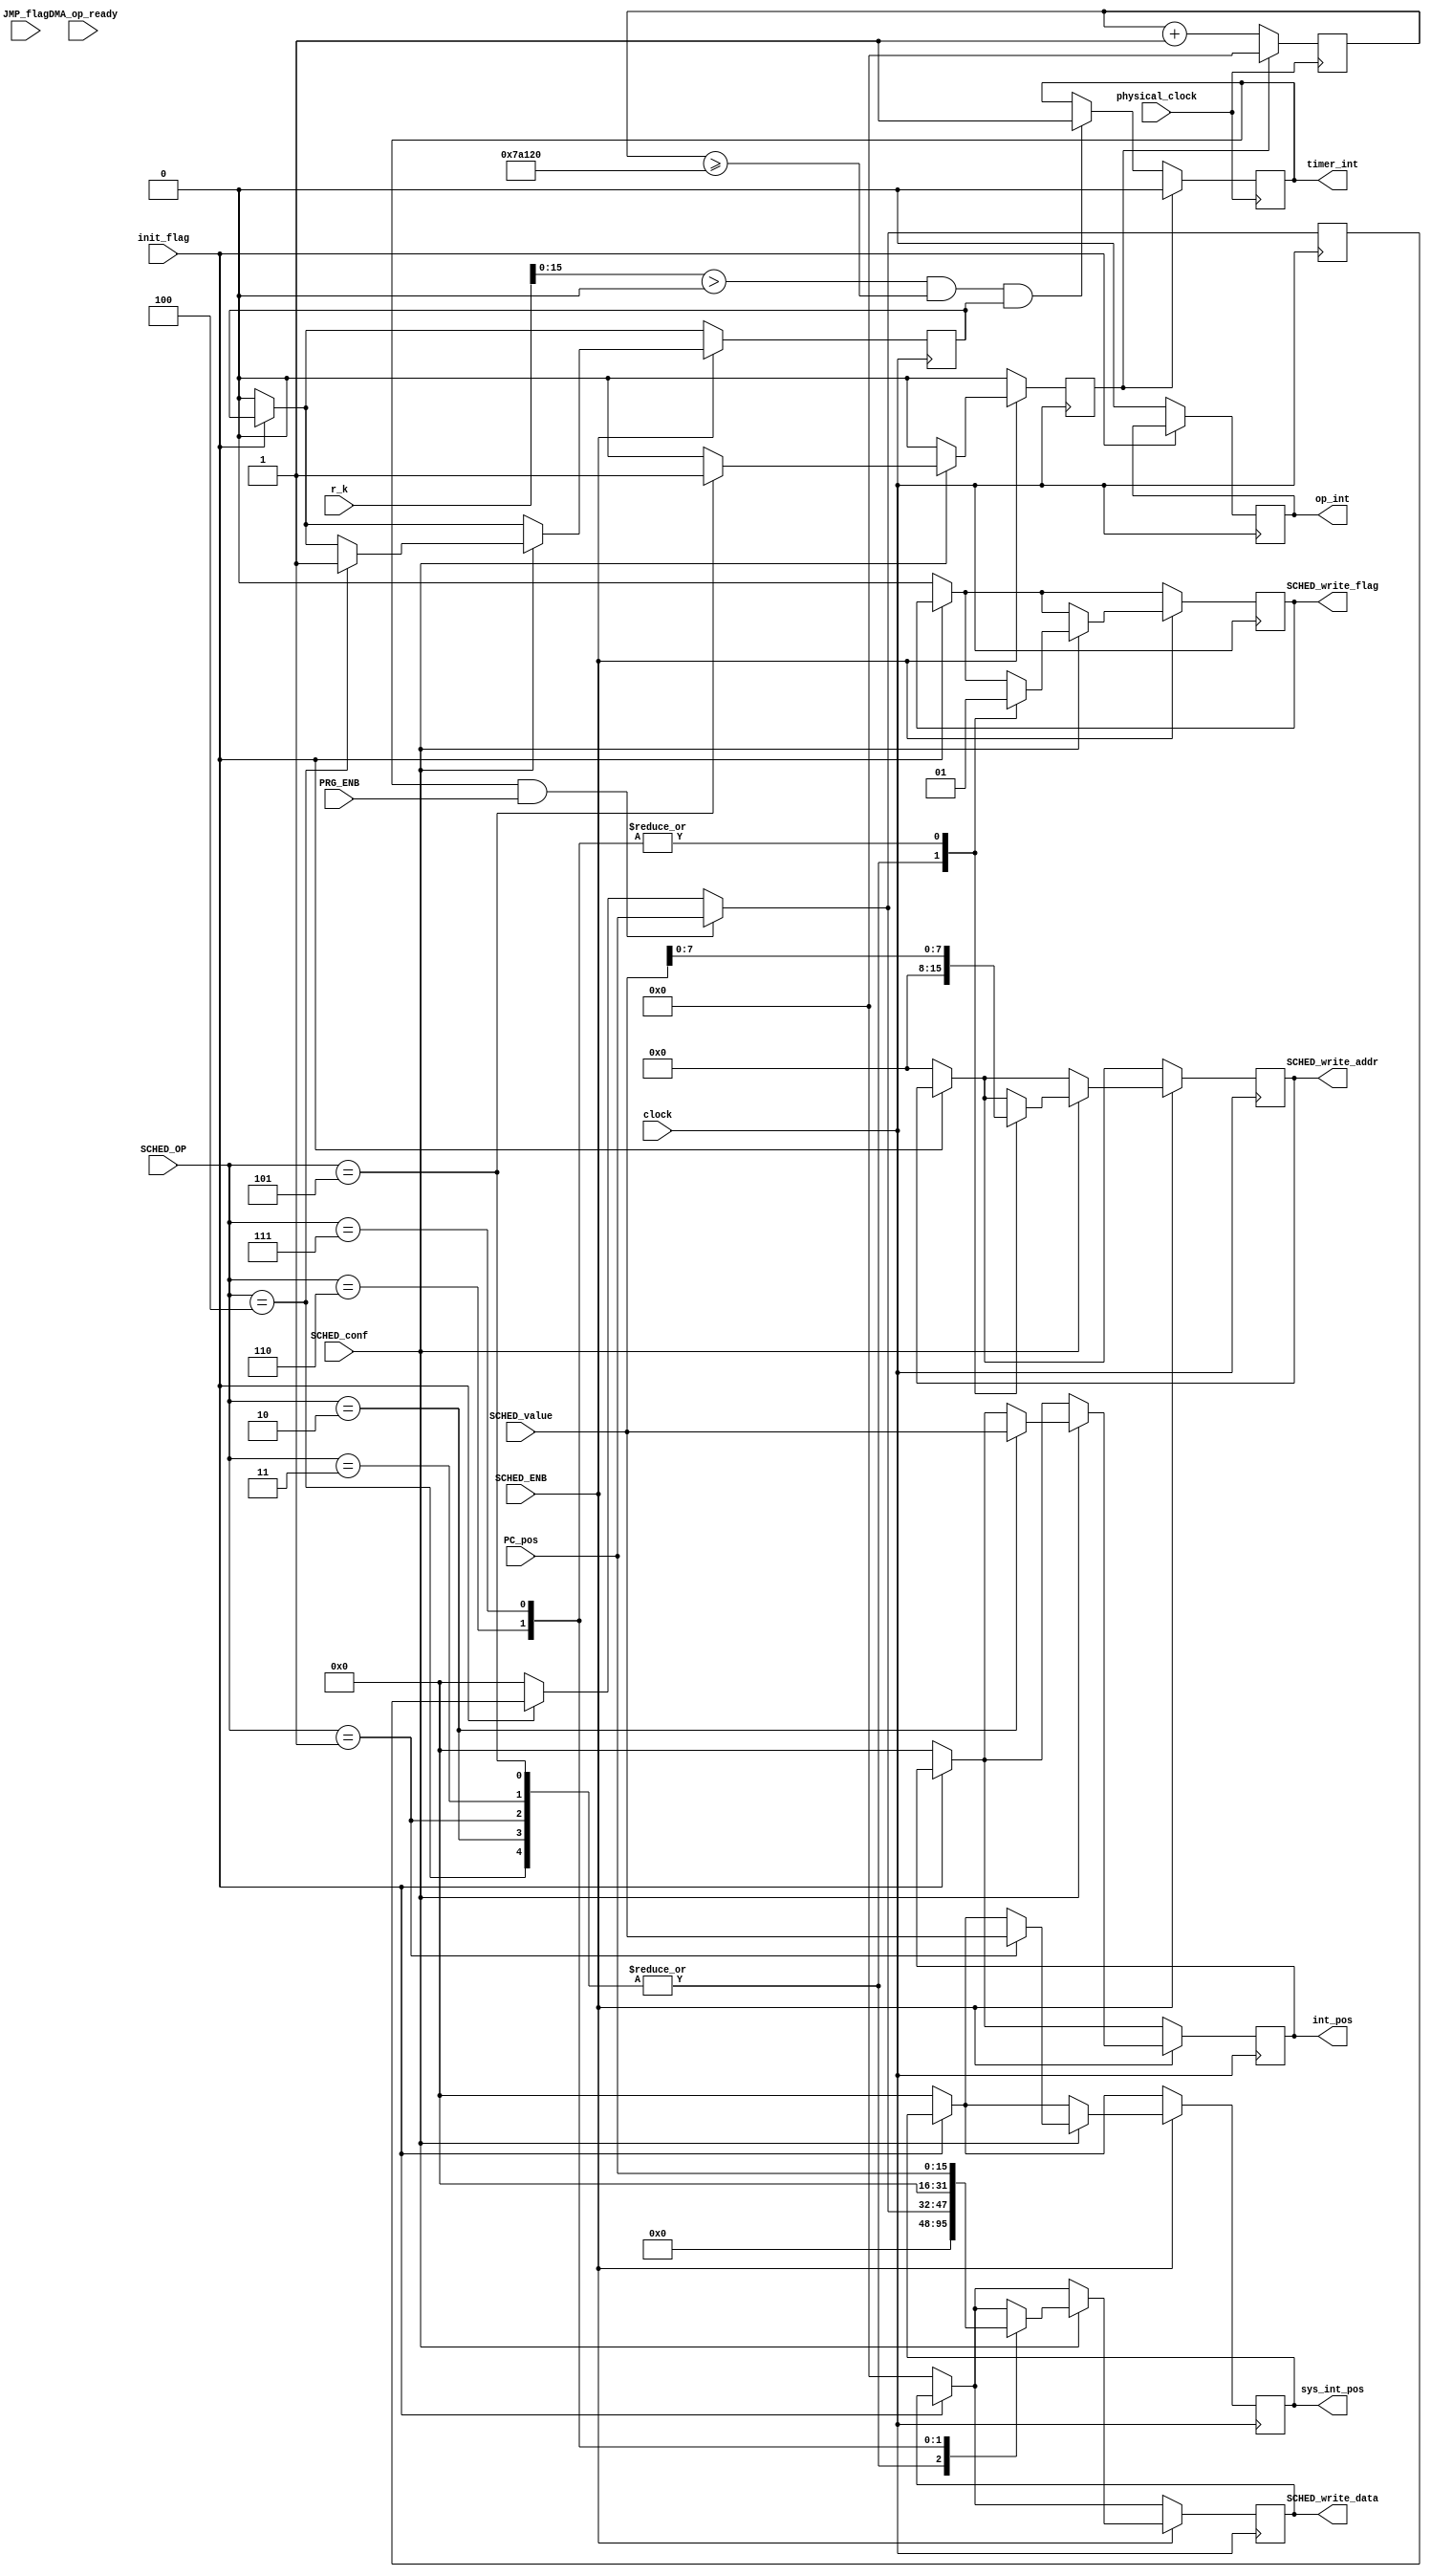
module Scheduler #(parameter CLOCK_COUNT_TO_INTERRUPT=500000)
(
// 10ms

	input init_flag,
	input clock,
	input physical_clock,
	
	// From DMA parallel component
	input DMA_op_ready,
	input [31:0] r_k,
	input [15:0] PC_pos,
	
	// From scheduler inst decoder
	input PRG_ENB,
	input JMP_flag,
	input SCHED_ENB,
	input SCHED_conf,
	input [3:0] SCHED_OP,
	input [15:0] SCHED_value,

	output reg timer_int, // Timer interruption flag
	output reg op_int, // DMA operation interruption flag
	output [15:0] int_pos, // Points 
	output reg [15:0] sys_int_pos, // SYSCall interruption jump position 
	
	output reg SCHED_write_flag,
	output reg [7:0] SCHED_write_addr,
	output reg [31:0] SCHED_write_data
	
);

reg initialized;
reg [15:0] timer_int_pos;
reg [15:0] op_int_pos;
reg [31:0] timer;
reg reset_timer;

reg [15:0] last_PC_pos;


initial begin
	timer = 0;
	timer_int = 0;
	
	initialized = 1'b0;
	last_PC_pos = 16'b0;
	timer_int_pos = 16'b0;
	op_int_pos = 16'b0;
	sys_int_pos = 16'b0;
	reset_timer = 1'b0;
	op_int = 1'b0;
		
	SCHED_write_flag = 1'b0;
	SCHED_write_addr = 8'b0;
	SCHED_write_data = 32'b0;
end

assign int_pos[15:0] = timer_int_pos[15:0];

always@(posedge physical_clock) begin
	timer <= timer+1;
	
	// If the processor was executed for at least a second and is not currently in kernel mode.
	if (r_k[15:0] > 0 && timer >= CLOCK_COUNT_TO_INTERRUPT && initialized == 1) begin
		timer_int <= 1;
	end

	if (reset_timer == 1) begin
		timer <= 0;
		timer_int <= 0;
	end
	
end

always@(posedge clock) begin
	if (!init_flag) begin
		initialized = 1'b0;
		last_PC_pos = 16'b0;
		timer_int_pos = 16'b0;
		op_int_pos = 16'b0;
		sys_int_pos = 16'b0;
		reset_timer = 1'b0;
		op_int = 1'b0;
		
		SCHED_write_flag = 1'b0;
		SCHED_write_addr = 8'b0;
		SCHED_write_data = 32'b0;
	end
	
	if (timer_int == 1 && PRG_ENB == 1) begin
		last_PC_pos[15:0] = PC_pos[15:0];
	end
	
	if (reset_timer == 1) begin
		reset_timer = 0;
	end
	
	// Calling instructions
	if (SCHED_ENB == 1) begin
		// Config instructions
		if (SCHED_conf == 1) begin
			case (SCHED_OP[3:0])
				4'b0001: begin
					sys_int_pos[15:0] = SCHED_value[15:0];
					
					SCHED_write_flag = 1'b0;
					SCHED_write_addr = 8'b0;
					SCHED_write_data = 32'b0;
				end
				4'b0010: begin
					timer_int_pos[15:0] = SCHED_value[15:0];
					
					SCHED_write_flag = 1'b0;
					SCHED_write_addr = 8'b0;
					SCHED_write_data = 32'b0;
				end
				4'b0011: begin
					op_int_pos[15:0] = SCHED_value[15:0];
					
					SCHED_write_flag = 1'b0;
					SCHED_write_addr = 8'b0;
					SCHED_write_data = 32'b0;
				end
				4'b0100: begin
					initialized = 1;
					
					SCHED_write_flag = 1'b0;
					SCHED_write_addr = 8'b0;
					SCHED_write_data = 32'b0;
				end
				4'b0101: begin
					reset_timer = 1;
					
					SCHED_write_flag = 1'b0;
					SCHED_write_addr = 8'b0;
					SCHED_write_data = 32'b0;
				end
				4'b0110: begin
					SCHED_write_flag = 1'b1;
					SCHED_write_addr = SCHED_value[7:0];
					SCHED_write_data = {16'b0, last_PC_pos[15:0]};
				end
				4'b0111: begin
					SCHED_write_flag = 1'b1;
					SCHED_write_addr = SCHED_value[7:0];
					SCHED_write_data = {16'b0, PC_pos[15:0]};
				end
				
				default: begin end
			endcase
		end
	end
	
	/*if (timer_int == 1) begin
		int_pos[15:0] = timer_int_pos[15:0];
	end else begin
		if (DMA_op_ready == 1) begin
			int_pos[15:0] = op_int_pos[15:0];
			op_int = 1'b1;
		end
	end*/
	
	
end


endmodule